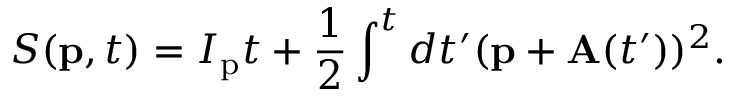
S ( \mathbf { p } , t ) = I _ { \mathrm { p } } t + \frac { 1 } { 2 } \int ^ { t } d t ^ { \prime } ( \mathbf { p } + \mathbf { A } ( t ^ { \prime } ) ) ^ { 2 } .